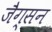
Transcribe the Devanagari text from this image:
जैग्सन